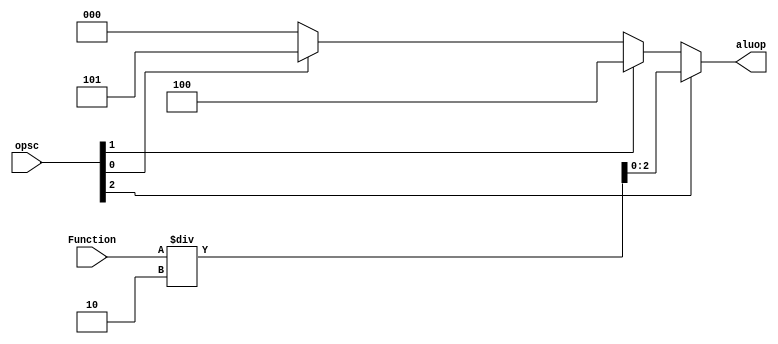
`timescale 1ns / 1ps
//////////////////////////////////////////////////////////////////////////////////
// Company: 
// Engineer: 
// 
// Design Name: 
// Module Name:    ALu_control 
// Project Name: 
// Target Devices: 
// Tool versions: 
// Description: 
//
// Dependencies: 
//
// Revision: 
// Revision 0.01 - File Created
// Additional Comments: 
//
//////////////////////////////////////////////////////////////////////////////////
module ALu_control(opsc,Function,aluop);
input [2:0]opsc;
input [3:0]Function;
wire [2:0]sec=opsc;
integer temp1;
integer temp2;
integer temp3;
output reg [2:0]aluop;
always @*
begin
if(opsc[1]==1)
	temp1=4;
else
	temp1=0;
if(opsc[0]==0)
	temp2=0;
else
	temp2=5;
if(opsc[1]==1)
	temp3=temp1;
else
	temp3=temp2;
	
if(opsc[2]==1)
	aluop=Function/2;
else
	aluop=temp3;
end
endmodule